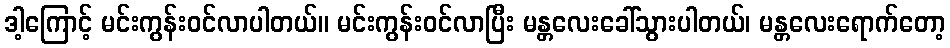
ဒါ့ကြောင့် မင်းကွန်းဝင်လာပါတယ်။ မင်းကွန်းဝင်လာပြီး မန္တလေးခေါ်သွားပါတယ်၊ မန္တလေးရောက်တော့